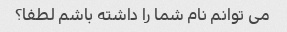
می توانم نام شما را داشته باشم لطفا؟